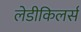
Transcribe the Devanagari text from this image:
लेडीकिलर्स